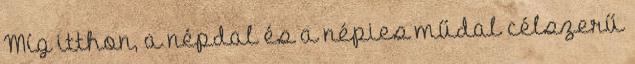
Míg itthon, a népdal és a népies műdal célszerű